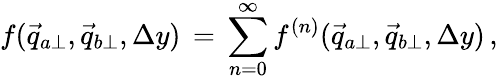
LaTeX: f(\vec{q}_{a\perp},\vec{q}_{b\perp},\Delta y)\, =\, \sum_{n=0}^{\infty}f^{(n)}(\vec{q}_{a\perp},\vec{q}_{b\perp},\Delta y)\, ,